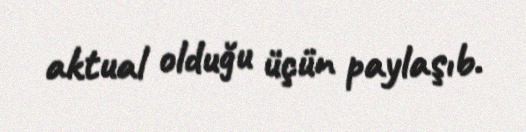
aktual olduğu üçün paylaşıb.